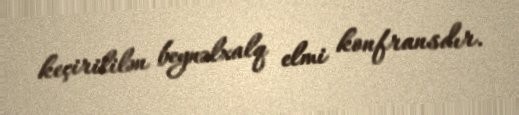
keçirililən beynəlxalq elmi konfransdır.